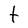
Character: t